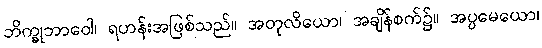
ဘိက္ခုဘာဝေါ၊ ရဟန်းအဖြစ်သည်။ အတုလိယော၊ အချိန်စက်၌။ အပ္ပမေယော၊